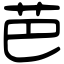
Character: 芭